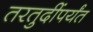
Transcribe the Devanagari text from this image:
तरतुदींपर्यंत